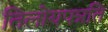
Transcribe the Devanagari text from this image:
तिलोयपन्नति